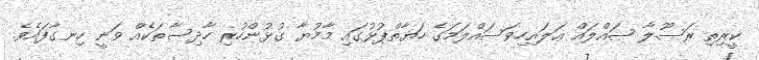
ކީރިތި ރަސޫލާ ޞައްލައް ޢަލައިހިވަސައްލަމަގެ ހަޔާތްޕުޅުގައި މާމުޔާ ގުޅުންހުރި ހާދިސާތަކެއް ވަނީ ހިނގާފައެވެ.